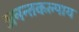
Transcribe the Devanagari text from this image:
अनन्तकल्पाय